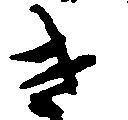
き